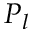
P _ { l }